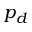
p _ { d }